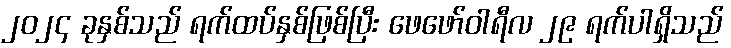
၂၀၂၄ ခုနှစ်သည် ရက်ထပ်နှစ်ဖြစ်ပြီး ဖေဖော်ဝါရီလ ၂၉ ရက်ပါရှိသည်